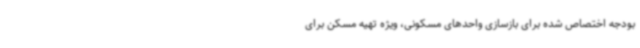
بودجه اختصاص شده برای بازسازی واحدهای مسکونی، ویژه تهیه مسکن برای